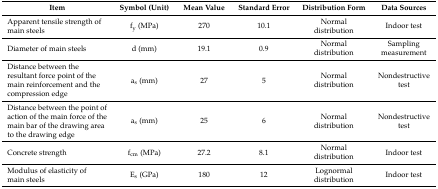
<table><thead><tr><td><b>Item</b></td><td><b>Symbol (Unit)</b></td><td><b>Mean Value</b></td><td><b>Standard Error</b></td><td><b>Distribution Form</b></td><td><b>Data Sources</b></td></tr></thead><tbody><tr><td>Apparent tensile strength of main steels </td><td>f<sub>y</sub> (MPa)</td><td>270</td><td>10.1</td><td>Normal distribution</td><td>Indoor test</td></tr><tr><td>Diameter of main steels </td><td>d (mm)</td><td>19.1</td><td>0.9</td><td>Normal distribution</td><td>Sampling measurement</td></tr><tr><td>Distance between the resultant force point of the main reinforcement and the compression edge</td><td>a<sub>s</sub> (mm)</td><td>27</td><td>5</td><td>Normal distribution</td><td>Nondestructive test</td></tr><tr><td>Distance between the point of action of the main force of the main bar of the drawing area to the drawing edge</td><td>a<sub>s</sub> (mm)</td><td>25</td><td>6</td><td>Normal distribution</td><td>Nondestructive test</td></tr><tr><td>Concrete strength</td><td>f<sub>cm</sub> (MPa)</td><td>27.2</td><td>8.1</td><td>Normal distribution</td><td>Indoor test</td></tr><tr><td>Modulus of elasticity of main steels </td><td>E<sub>s</sub> (GPa)</td><td>180</td><td>12</td><td>Lognormal distribution</td><td>Indoor test</td></tr></tbody></table>